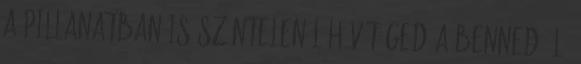
a pillanatban is szüntelenül hív téged A benned élő